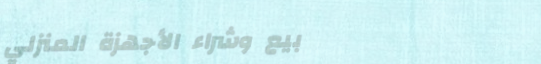
بيع وشراء الأجهزة المنزلي